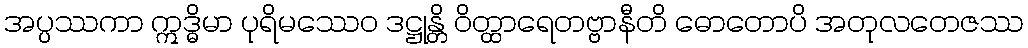
အပ္ပဿကာ ဣဒ္ဓိမာ ပုရိမဿေဝ ဒဋ္ဌုန္တိ ဝိတ္ထာရေတဗ္ဗာနီတိ ဓောတောပိ အတုလတေဇဿ